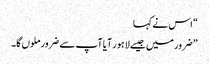
“ اس نے کہا
” ضرور میں جیسے لاہور آیا آپ سے ضرور ملوں گا۔